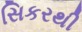
સિકરથી